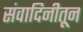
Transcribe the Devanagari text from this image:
संवादिनीतून